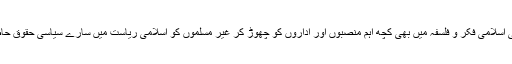
بالکل ویسے ہی اسلامی فکر و فلسفہ میں بھی کچھ اہم منصبوں اور اداروں کو چھوڑ کر غیر مسلموں کو اسلامی ریاست میں سارے سیاسی حقوق حاصل ہوتے ہیں۔